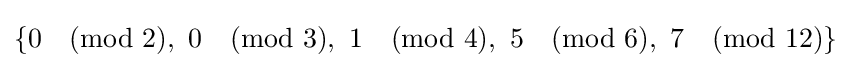
\{0{\pmod {2}},\ 0{\pmod {3}},\ 1{\pmod {4}},\ 5{\pmod {6}},\ 7{\pmod {12}}\}